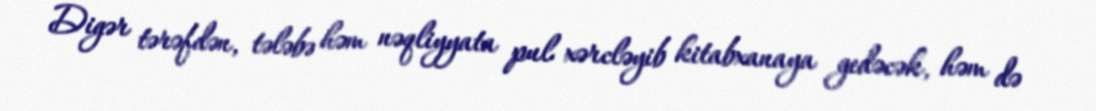
Digər tərəfdən, tələbə həm nəqliyyata pul xərcləyib kitabxanaya gedəcək, həm də